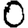
Digit: 0